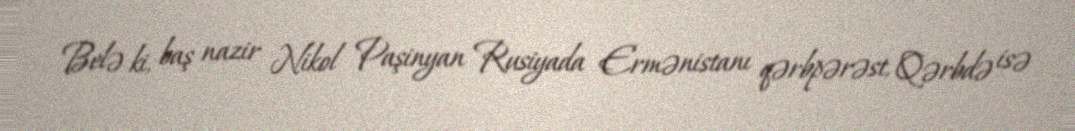
Belə ki, baş nazir Nikol Paşinyan Rusiyada Ermənistanı qərbpərəst, Qərbdə isə